Lunatic asylums Punjab 1868-1880 - 1868-1880
Year: 1868
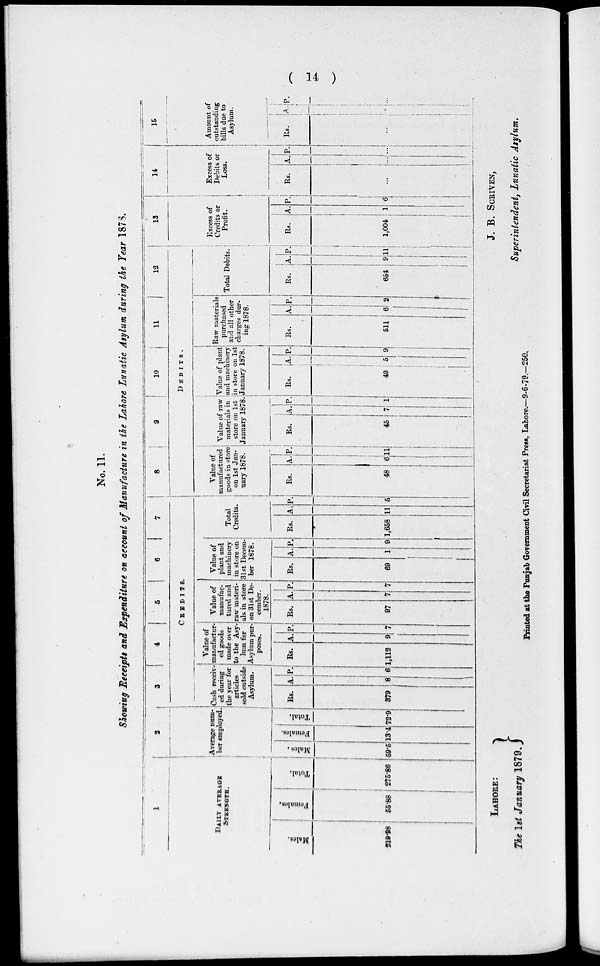
(14)
No. 11
Showing Receipts and Expenditure on account of Manufacture in the Lahore Lunatic Asylum during the Year 1878.
1
DAILY AVERAGE
STRENGTH.
Males.
219.98
Females.
55.88
Total.
275.86
2
Average num-
ber employed.
Males.
59.5
Females.
13.4
Total.
72.9
3
4
5
6
7
CREDITS.
Cash receiv
ed daring
the year for
articles
sold outside
Asylum.
Rs.
379
A.
8
P.
6
Value of
manufactur-
ed goods
made over
to the Asy-
lum for
Asylum pur-
poses.
Rs.
1,112
A.
9
P.
7
Value of
manufac-
tured and
raw materi-
als in store
on 31st De-
cember.
1878.
Rs.
97
A.
7
P.
7
Value of
plant and
machinery
in store on
31st Decem-
ber 1878.
Rs.
69
A.
1
P.
9
Total
Credits.
Rs.
1,658
A.
11
P.
5
8
9
10
11
12
DEBITS.
Value of
I manufactured
; goods in store
on 1st Jan-
uary 1878.
Rs.
48
A.
6
P.
11
Value of raw
materials in
store on 1st
January 1878.
Rs.
45
A.
7
P.
1
Value of plant
and machinery
in store on 1st
January 1878.
Rs.
49
A.
5
P.
9
Raw materials
purchased
and all other
charges dur-
ing 1878.
Rs.
511
A.
6
P.
2
Total Debits.
Rs.
654
A.
9
P.
11
13
Excess of
Credits or
Profit.
Rs.
1,004
A.
1
P.
6
14
Excess of
Debits or
Loss.
Rs.
...
A.
...
P.
...
15
Amount of
outstanding
bills due to
Asylum.
Rs.
...
A.
...
P.
...
LAHORE:
The 1st January 1879.
J. B. SCRIVEN,
Superintendent, Lunatic Asylum.
Printed at the Punjab Government Civil Secretariat Press, Lahore.—9-6-79.—250.